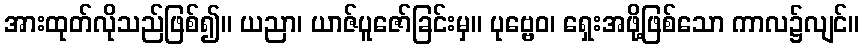
အားထုတ်လိုသည်ဖြစ်၍။ ယညာ၊ ယာဇ်ပူဇော်ခြင်းမှ။ ပုဗ္ဗေဝ၊ ရှေးအဖို့ဖြစ်သော ကာလ၌လျင်။